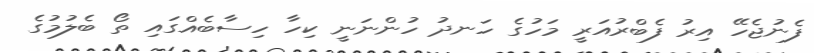
ފެނުޖެހޭ އިރު ފެބްރުއަރީ މަހުގެ ހަނދު ހުންނަނީ ކިހާ ހިސާބެއްގައި ތޯ ބެލުމުގެ